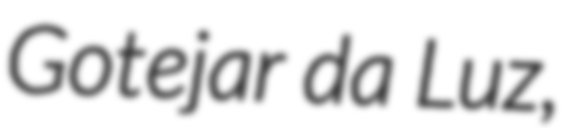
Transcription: Gotejar da Luz,